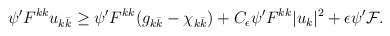
\begin{align*} \begin{aligned} \psi' F^{kk}u_{k\bar k} &\geq \psi' F^{kk}(g_{k\bar k} - \chi_{k\bar k}) + C_\epsilon\psi' F^{kk}|u_k|^2 + \epsilon\psi' \mathcal{F}. \end{aligned}\end{align*}